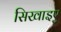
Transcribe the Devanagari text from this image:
सिखाइए